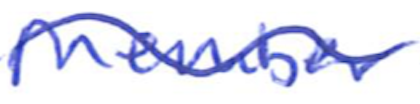
Text: Member
Cross-out: wave
Writing tool: ballpoint